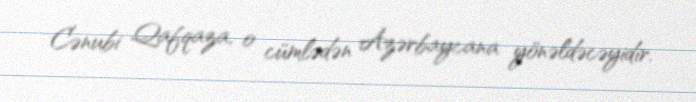
Cənubi Qafqaza, o cümlədən Azərbaycana yönəldəcəyidir.